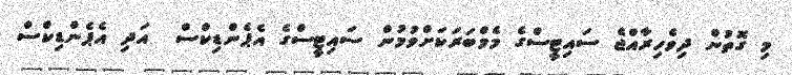
މި ގޮތުން ދިވެހިރާއްޖެ ސައިޓީސްގެ މެމްބަރަކަށްވުމުން ސައިޓީސްގެ އެޕެންޑިކްސް  އަދި އެޕެންޑިކްސް